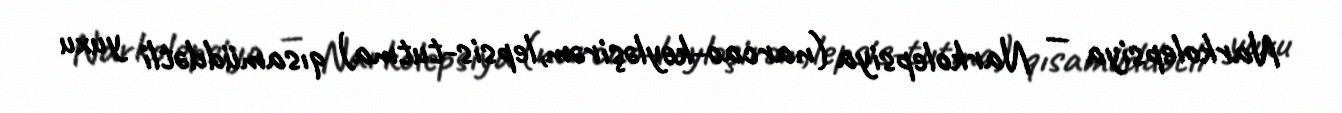
Narkolepsiya — Narkolepsiya (narcao-keyləşirəm,lepsis-tutma) qısamüddətli yuxu